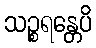
သဉ္စရန္တေပိ